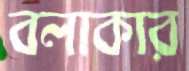
বলাকার